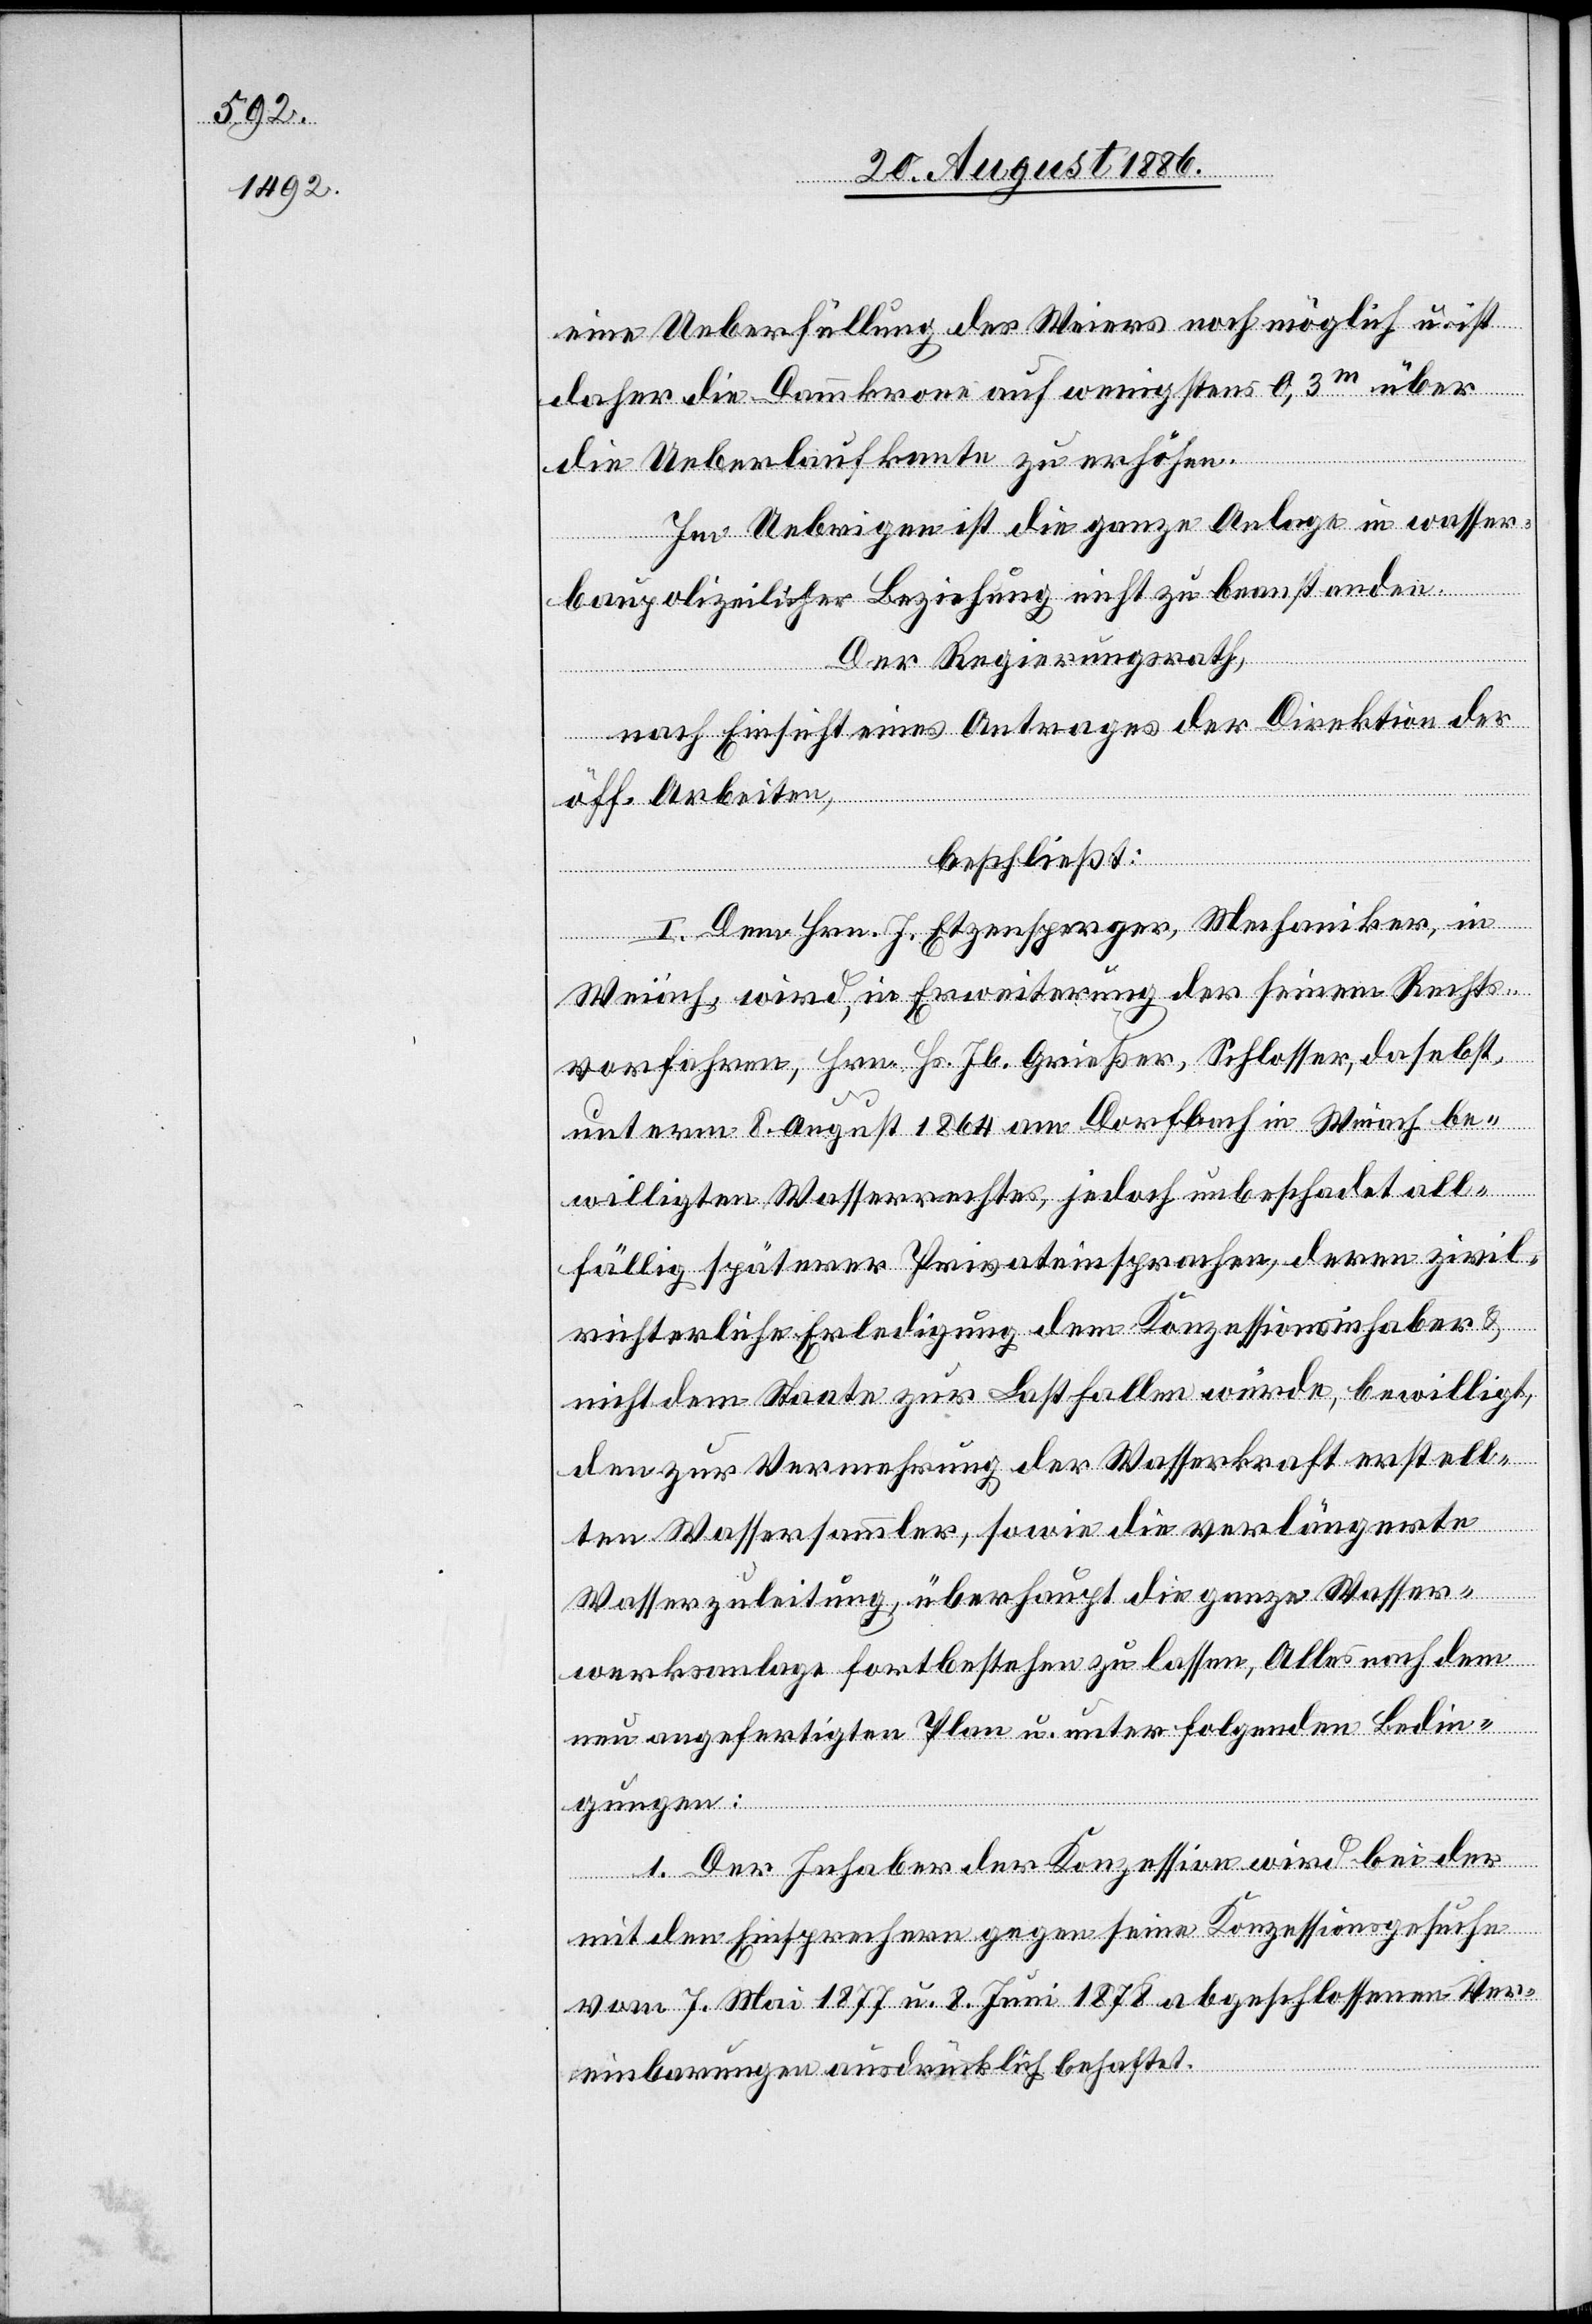
eine Ueberfüllung des Weiers noch möglich u. ist
daher die Dammkrone auf wenigstens 0,3m über
zu lassen,
die Ueberlaufkante zu erhöhen.
Im Uebrigen ist die ganze Anlage in wasser¬
polizeilicher Beziehung nicht zu beanstanden.
Der Regierungsrath,
nach
nach Einsicht eines Antrages der Direktion der
öff. Arbeiten,
beschließt:
I. Dem Hrn. J. Etzensperger, Mechaniker, in
Weiach, wird, in Erweiterung der seinem Rechts¬
vorfahren, Hrn. Hs. Jb. Grießer, Schlosser, daselbst,
unterm 8. August 1864 am Dorfbach in Weiach be¬
willigten Wasserrechtes, jedoch unbeschadet all¬
fällig späterer Privateinsprachen, deren zivil¬
rechtliche Erledigung dem Konzessionsinhaber &
nicht dem Staate zur Last fallen würde, bewilligt,
den zur Vermehrung der Wasserkraft erstell¬
dem
ten Wassersammler, sowie die verlängerte
neu angefertigten Plan u. unter folgenden Bedin¬
gungen:
1. Der Inhaber der Konzession wird bei der
mit den Einsprechern gegen seine Konzessionsgesuche
vom 7. Mai 1877 u. 8. Juni 1878 abgeschlossenen Ver¬
einbarungen ausdrücklich behaftet.